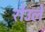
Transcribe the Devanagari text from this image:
रोउले